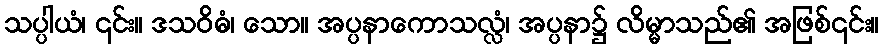
သပ္ပါယံ၊ ၎င်း။ ဒသဝိဓံ၊ သော။ အပ္ပနာကောသလ္လံ၊ အပ္ပနာ၌ လိမ္မာသည်၏ အဖြစ်၎င်း။